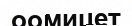
оомицет